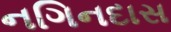
નગિનદાસ